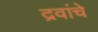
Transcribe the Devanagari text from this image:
द्रवांचे